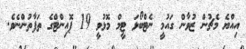
އިއްޔެ މެޗުން ޒުވާން ގައުމީ ނެޓްބޯޅަ ޓީމް މޮޅުވީ 19 ޕޮއިންޓްގެ ތަފާތުންނެވެ.